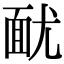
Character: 𩈊